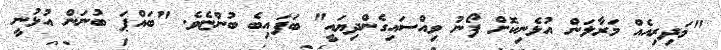
"މަދިރިއެއް މަރާލަން އުޅެނިކޮށް ފޯނު ވިއްސައިގެންދިޔައީ" ބަފައިބެ ބުންޏެވެ. "ބައްޕަ ބުނަން އުޅުނީ